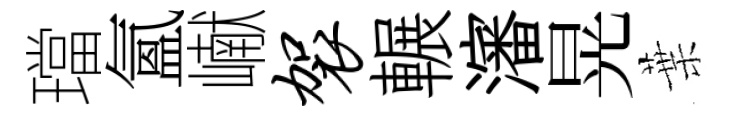
璫氳𪩘袈輾瀋晃葉